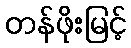
တန်ဖိုးမြင့်